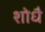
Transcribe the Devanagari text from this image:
शोधै